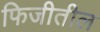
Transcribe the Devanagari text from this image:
फिजीतील